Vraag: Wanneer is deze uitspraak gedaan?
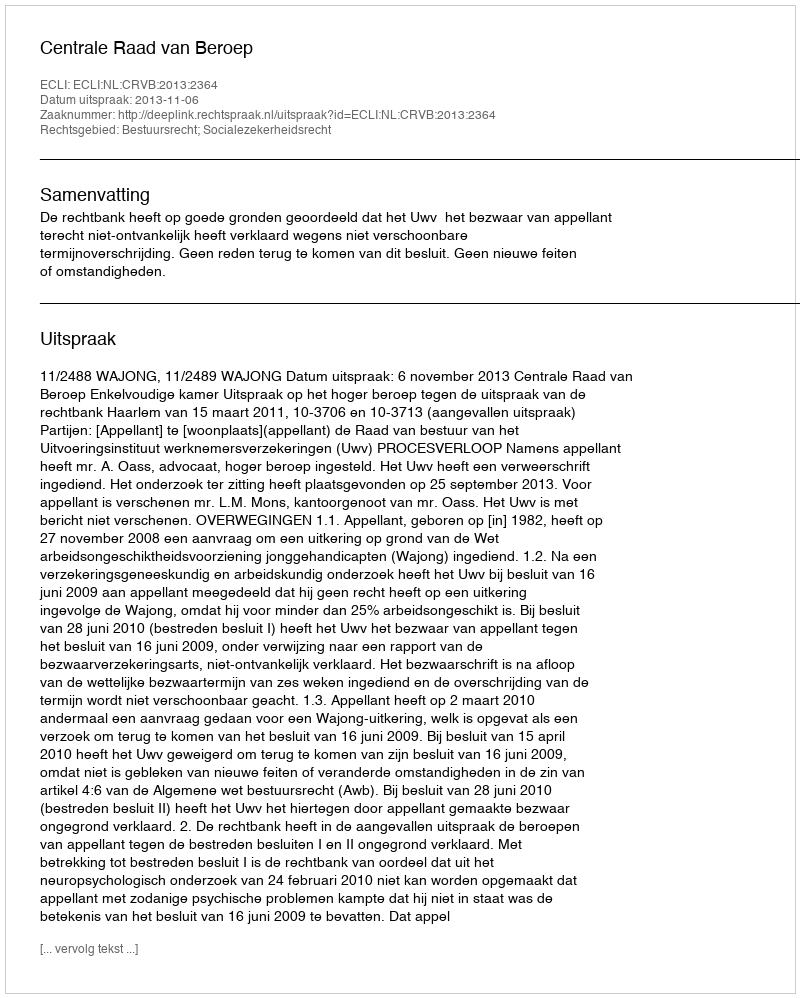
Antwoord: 2013-11-06